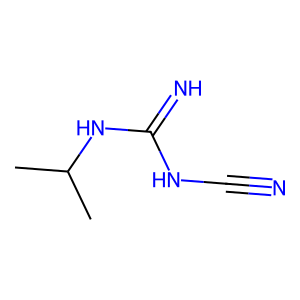
SMILES: CC(C)NC(=N)NC#N
Inhibits HIV replication: No